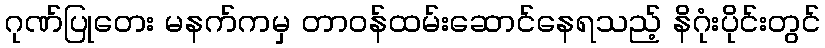
ဂုဏ်ပြုတေး မနက်ကမှ တာဝန်ထမ်းဆောင်နေရသည့် နိဂုံးပိုင်းတွင်